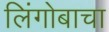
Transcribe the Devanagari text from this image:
लिंगोबाचा